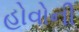
હોવોની